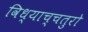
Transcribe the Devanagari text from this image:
विध्याच्चतुरो